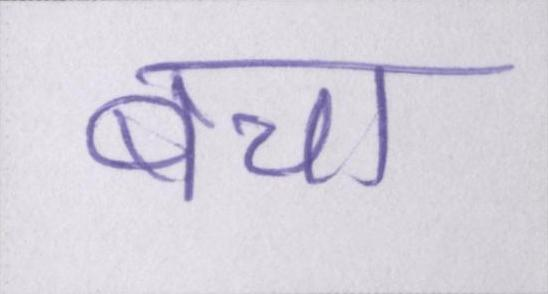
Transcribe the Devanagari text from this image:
बचा